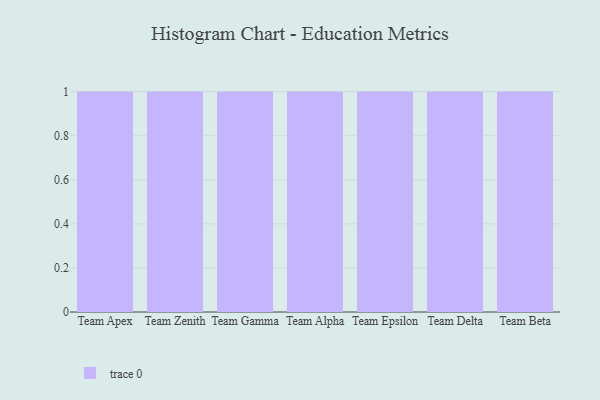
{"axis": {"x": "Team", "y": "Website Visitors"}, "legend": [""], "data": [{"x": "Team Apex", "y": 42, "type": ""}, {"x": "Team Zenith", "y": 31, "type": ""}, {"x": "Team Gamma", "y": 83, "type": ""}, {"x": "Team Alpha", "y": 87, "type": ""}, {"x": "Team Epsilon", "y": 63, "type": ""}, {"x": "Team Delta", "y": 52, "type": ""}, {"x": "Team Beta", "y": 28, "type": ""}]}